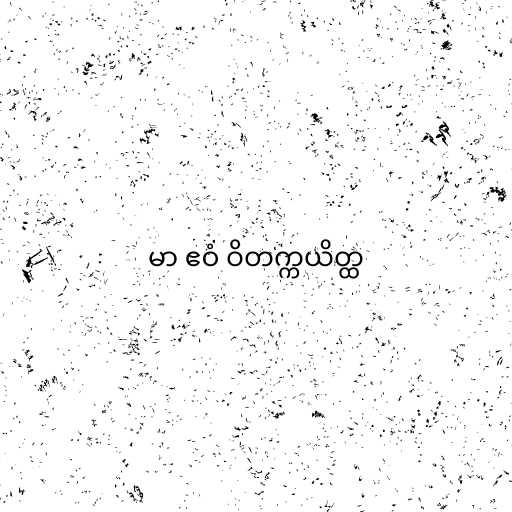
မာ ဧဝံ ဝိတက္ကယိတ္ထ